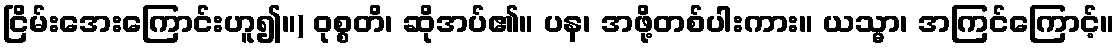
ငြိမ်းအေးကြောင်းဟူ၍။) ဝုစ္စတိ၊ ဆိုအပ်၏။ ပန၊ အဖို့တစ်ပါးကား။ ယသ္မာ၊ အကြင်ကြောင့်။